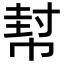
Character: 幇